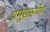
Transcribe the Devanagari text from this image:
प्रमुखरूपेण